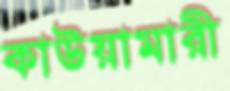
কাউয়ামারী